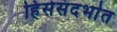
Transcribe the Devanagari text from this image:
हिंसेसंदर्भात